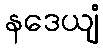
နဒေယျံ